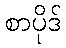
စာပိုဒ်